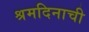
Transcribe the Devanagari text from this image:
श्रमदिनाची